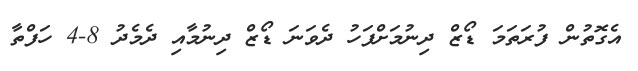
އެގޮތުން ފުރަތަމަ ޑޯޒް ދިނުމަށްފަހު ދެވަނަ ޑޯޒް ދިނުމާއި ދެމެދު 8-4 ހަފްތާ